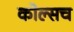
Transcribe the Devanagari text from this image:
कोल्सच